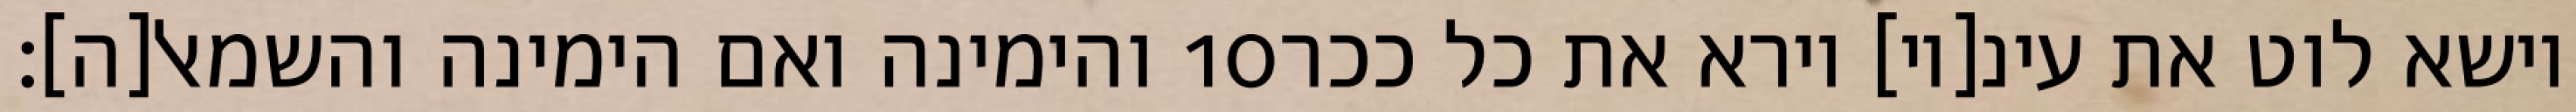
והימינה ואם הימינה והשמאל[ה]׃ ‎10‏ וישא לוט את עינ[יו] וירא את כל ככר